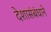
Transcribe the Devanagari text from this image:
देशासंबंधाने